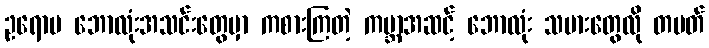
ဥရောပ ဘောလုံးအသင်းတွေမှာ ကစားကြတဲ့ ကမ္ဘာ့အဆင့် ဘောလုံး သမားတွေလို တပတ်